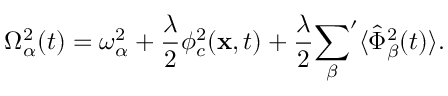
\Omega _ { \alpha } ^ { 2 } ( t ) = \omega _ { \alpha } ^ { 2 } + \frac { \lambda } { 2 } \phi _ { c } ^ { 2 } ( { \bf x } , t ) + \frac { \lambda } { 2 } { \sum _ { \beta } } ^ { \prime } \langle \hat { \Phi } _ { \beta } ^ { 2 } ( t ) \rangle .